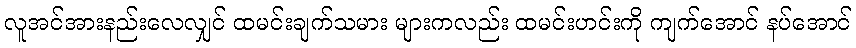
လူအင်အားနည်းလေလျှင် ထမင်းချက်သမား များကလည်း ထမင်းဟင်းကို ကျက်အောင် နပ်အောင်